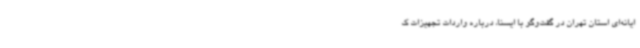
ایانه‌ای استان تهران در گفت‌وگو با ایسنا، درباره واردات تجهیزات ک